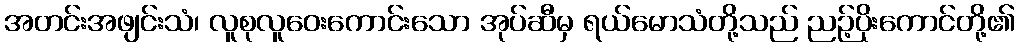
အတင်းအဖျင်းသံ၊ လူစုလူဝေးကောင်းသော အုပ်ဆီမှ ရယ်မောသံတို့သည် ညဉ့်ပိုးကောင်တို့၏